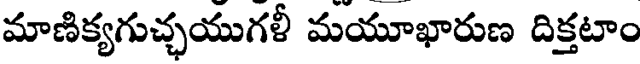
మాణిక్యగుచ్చయుగళీ మయూఖారుణ దిక్తటాం